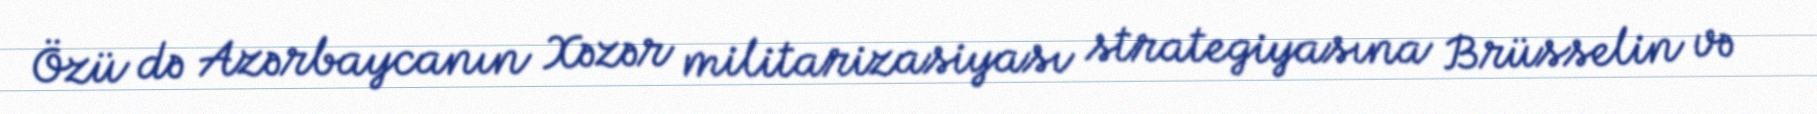
Özü də Azərbaycanın Xəzər militarizasiyası strategiyasına Brüsselin və